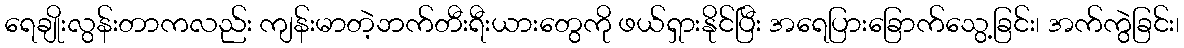
ရေချိုးလွန်းတာကလည်း ကျန်းမာတဲ့ဘက်တီးရီးယားတွေကို ဖယ်ရှားနိုင်ပြီး အရေပြားခြောက်သွေ့ခြင်း၊ အက်ကွဲခြင်း၊